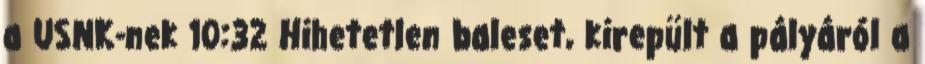
a USNK-nek 10:32 Hihetetlen baleset, kirepült a pályáról a